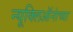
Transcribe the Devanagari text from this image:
न्यूक्लिऑनांच्या